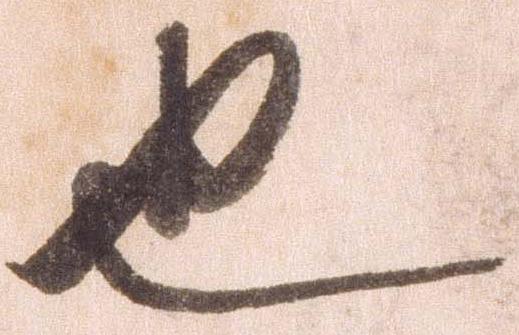
也